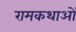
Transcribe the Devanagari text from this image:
रामकथाओं